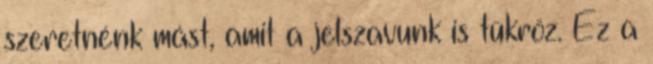
szeretnénk mást, amit a jelszavunk is tükröz. Ez a